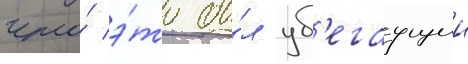
что́ э́то бы́л уб'егаущии